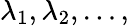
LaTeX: \lambda_{1},\lambda_{2},\ldots,